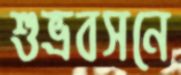
শুভ্রবসনে